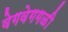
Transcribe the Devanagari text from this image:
वेगवेगगळी